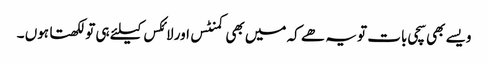
ویسے بھی سچی بات تو یہ ھے کہ میں بھی کمنٹس اور لائکس کیلئے ہی تو لکھتا ہوں ۔